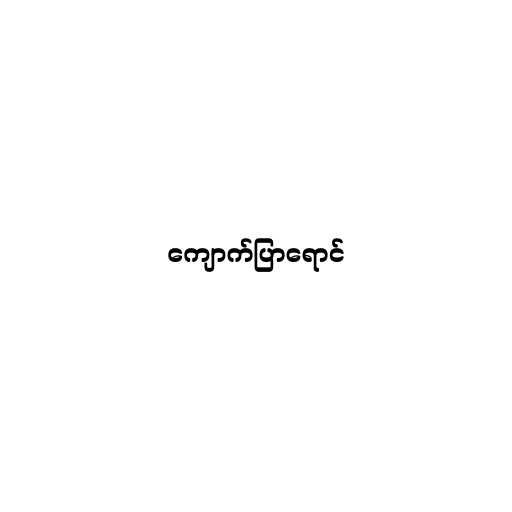
ကျောက်ပြာရောင်